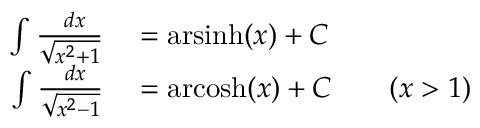
\begin{array} { r l } { \int { \frac { \ d x } { \sqrt { x ^ { 2 } + 1 } } } } & { { } = { \mathrm { a r s i n h } } ( x ) + C } \\ { \int { \frac { \ d x } { \sqrt { x ^ { 2 } - 1 } } } } & { { } = { \mathrm { a r c o s h } } ( x ) + C \qquad ( x > 1 ) } \end{array}